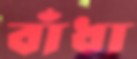
বাঁধা